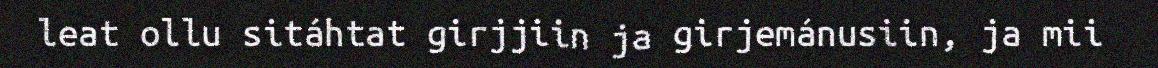
leat ollu sitáhtat girjjiin ja girjemánusiin, ja mii